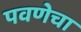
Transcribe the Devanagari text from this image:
पवणेचा